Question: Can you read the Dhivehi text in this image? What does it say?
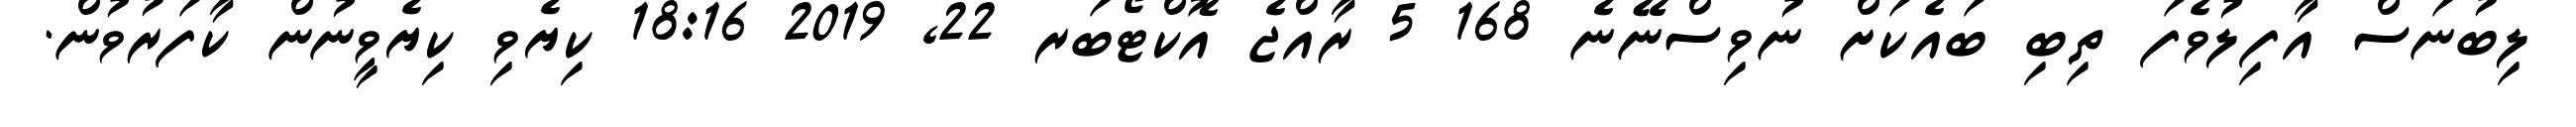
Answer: ލިބުނަސް އާފިލުވެފަ ތިބި ބައެކަށް ނުވިސްނޭނެ 168 5 ރާއްޖެ އޮކްޓޯބަރ 22, 2019 18:16 ކިޔެވި ކިޔެވީނުން ކާފަރުވުން.